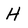
Character: H